Report on metropolitan horse fairs and district horse shows of 1891-92 - 1891-1892
Year: 1891
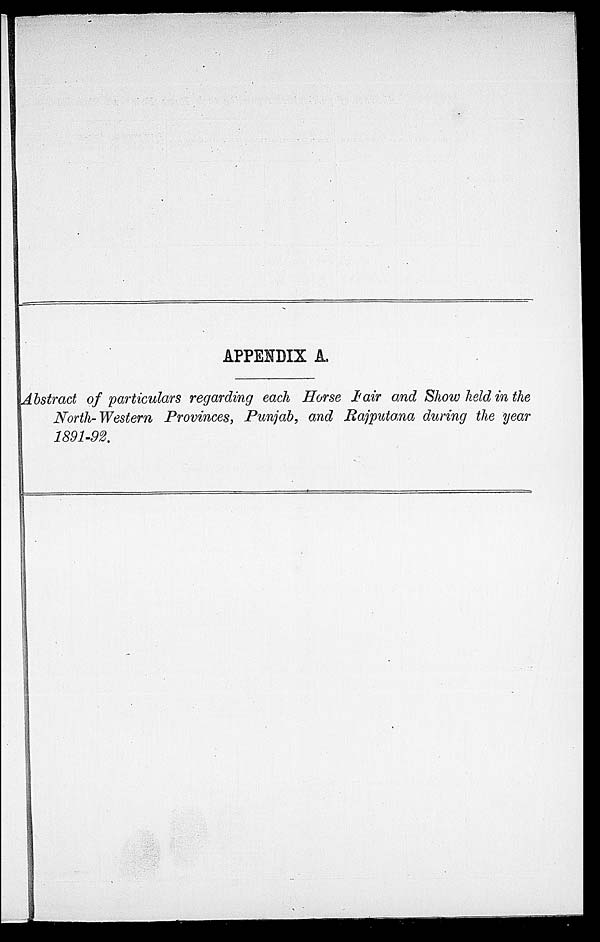
APPENDIX A.
Abstract of particulars regarding each Horse Fair and Show held in the
North-Western Provinces, Punjab, and Rajputana during the year
1891-92.